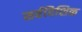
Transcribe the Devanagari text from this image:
सर्वदिशिक